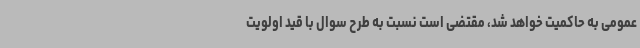
عمومی به حاکمیت خواهد شد، مقتضی است نسبت به طرح سوال با قید اولویت